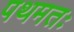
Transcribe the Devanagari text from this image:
पथमतः